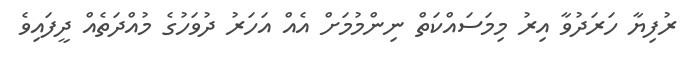
ރުފިޔާ ހަރަދުވާ އިރު މިމަސައްކަތް ނިންމުމަށް އެއް އަހަރު ދުވަހުގެ މުއްދަތެއް ދީފައިވެ